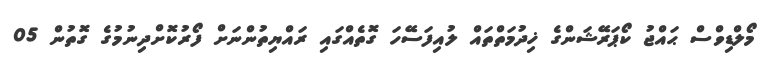
މޯލްޑިވްސް ޙައްޖު ކޯޕަރޭޝަންގެ ޚިދުމަތްތައް ލުއިފަސޭހަ ގޮތެއްގައި ރައްޔިތުންނަށް ފޯރުކޮށްދިނުމުގެ ގޮތުން 05